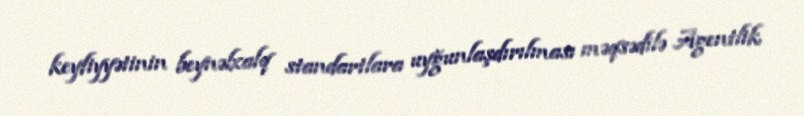
keyfiyyətinin beynəlxalq standartlara uyğunlaşdırılması məqsədilə Agentlik